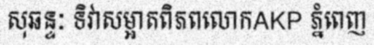
សុឆន្ទៈ ទិវាសម្អាតពិភពលោកAKP ភ្នំពេញ